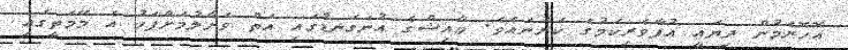
އޮހޮރެމުން ދިޔައީ އުފާވެރިކަމުގެ ކަރުނައެވެ. މާއިޝްގެ އުނަގަނޑުގައި އަތް ވަށާލުމަށްފަހު އެ މޭމަތީގައި